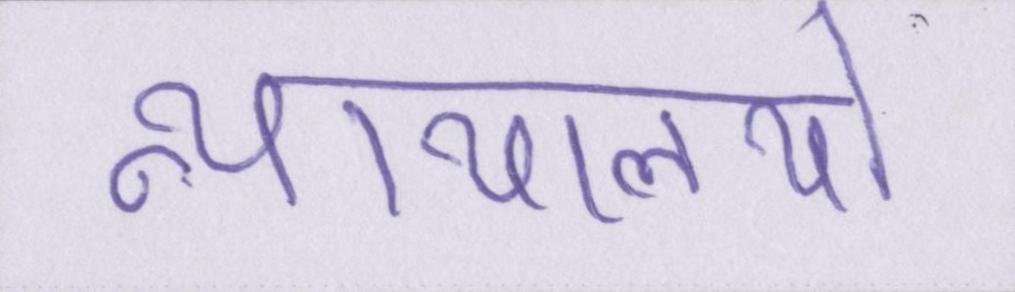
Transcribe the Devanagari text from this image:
न्यायालयो